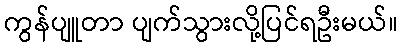
ကွန်ပျူတာ ပျက်သွားလို့ပြင်ရဦးမယ်။